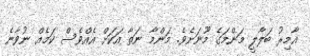
އާމިރު ބަލާލީ މަންމަގެ މޫނަށެވެ. މަންމާ ނަތާ އަކަށް އެއްވެސް ކަމެއް ނުވާނެ